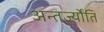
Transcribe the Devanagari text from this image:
अन्तर्ज्योति